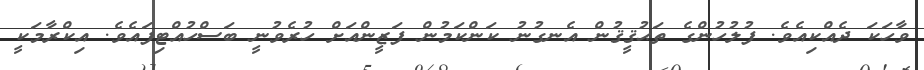
ވާހަކަ ދެއްކިއެވެ. ފުލުހުންގެ ތަޙުޤީޤުން އެނގުނު ކަންކަމުން ފަޒީންއަށް ހުރެވުނީ ބަސްހުއްޓިފައެވެ. އިކްރާމަކީ